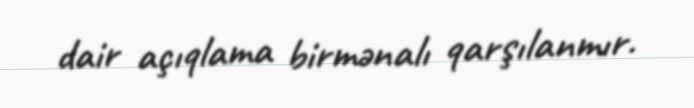
dair açıqlama birmənalı qarşılanmır.